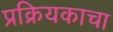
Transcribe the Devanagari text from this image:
प्रक्रियकाचा